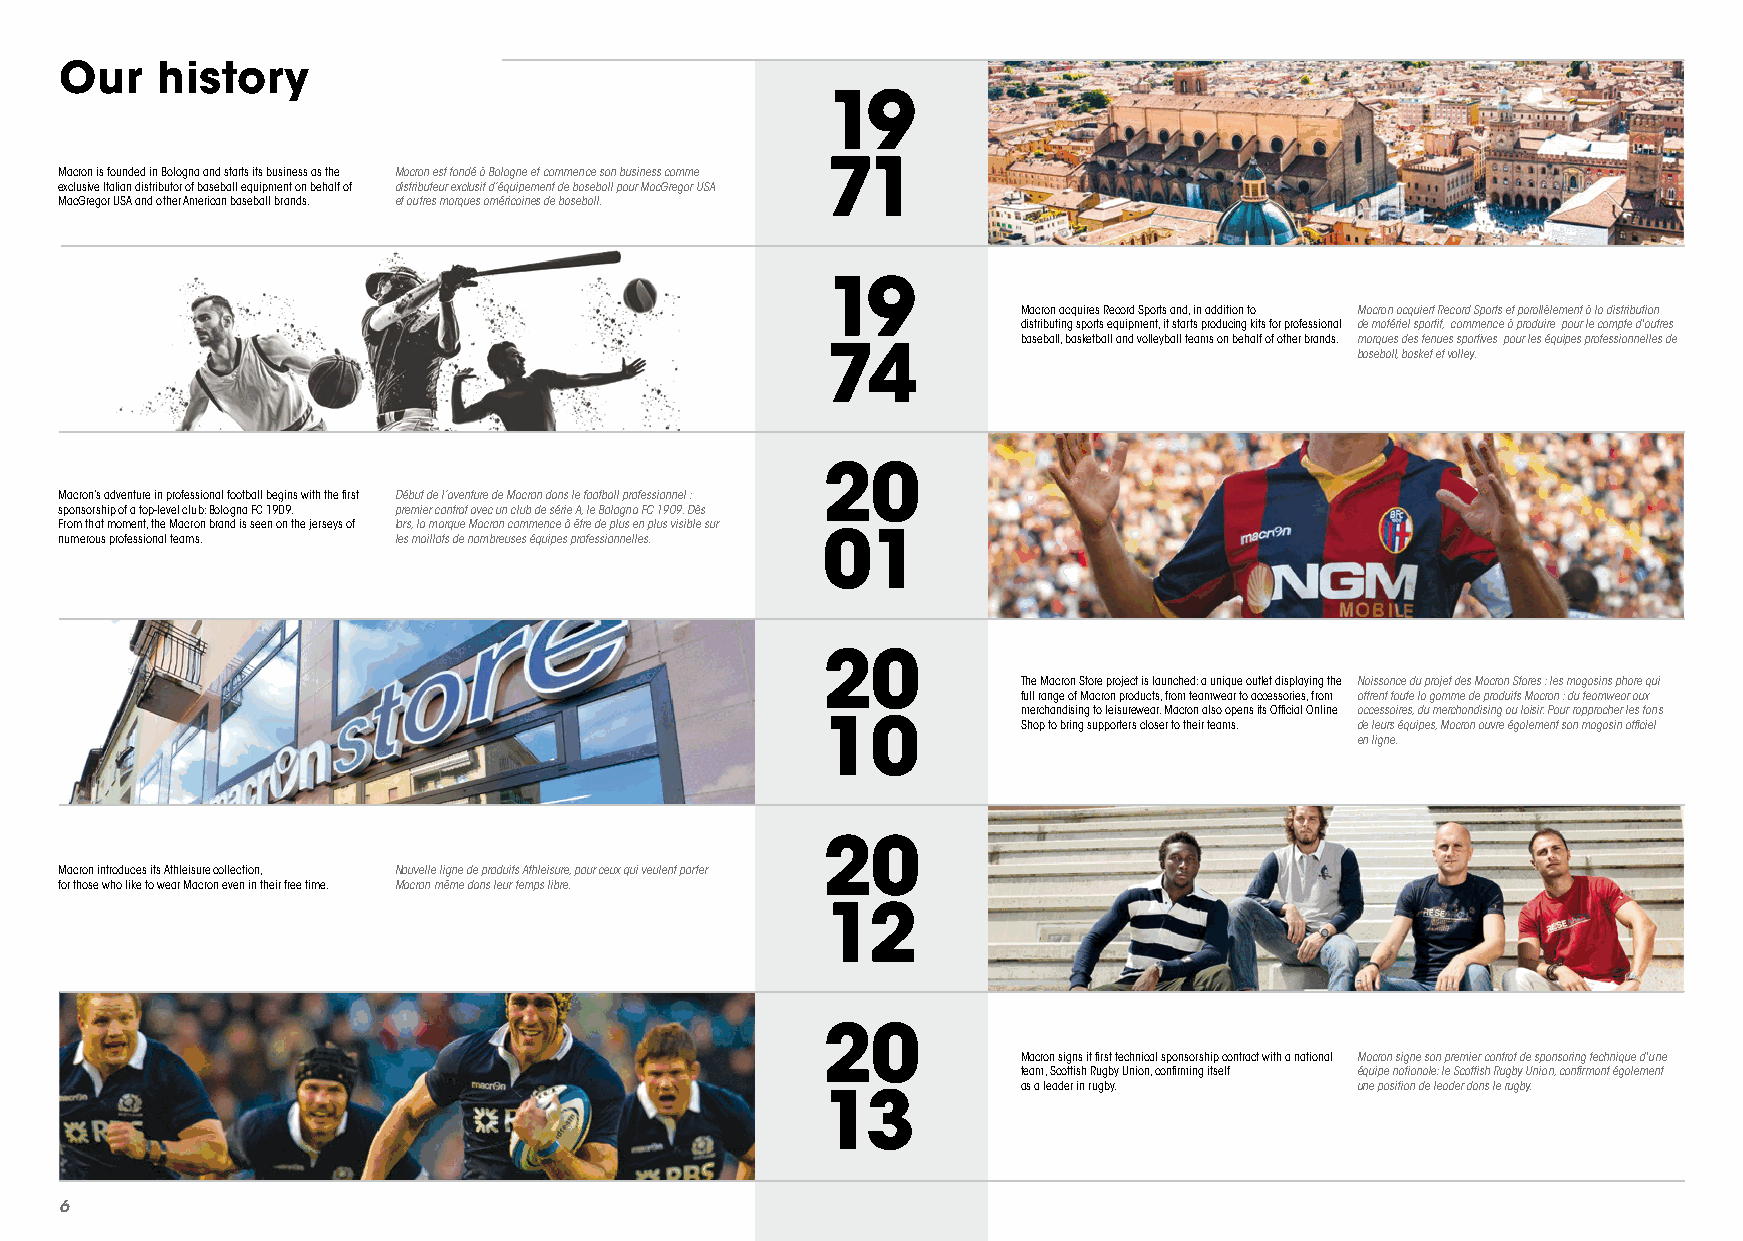
Our   history
 19
 71
 Macron is founded in Bologna and starts its business as the Macron est fondé à Bologne et commence son business comme
 exclusive Italian distributor of baseball equipment on behalf of distributeur exclusif d’équipement de baseball pour MacGregor USA
 MacGregor USA and other American baseball brands. et autres marques américaines de baseball.
 19
 Macron acquires Record Sports and, in addition to Macron acquiert Record Sports et parallèlement à la distribution
 distributing sports equipment, it starts producing kits for professional de matériel sportif, commence à produire pour le compte d'autres
 baseball, basketball and volleyball teams on behalf of other brands. marques des tenues sportives pour les équipes professionnelles de
 74                                 baseball, basket et volley.
 20
 Macron’s adventure in professional football begins with the first Début de l’aventure de Macron dans le football professionnel :
 sponsorship of a top-level club: Bologna FC 1909. premier contrat avec un club de série A, le Bologna FC 1909. Dès
 From that moment, the Macron brand is seen on the jerseys of lors, la marque Macron commence à être de plus en plus visible sur
 numerous professional teams. les maillots de nombreuses équipes professionnelles. 01
 20
 The Macron Store project is launched: a unique outlet displaying the Naissance du projet des Macron Stores : les magasins phare qui
 full range of Macron products, from teamwear to accessories, from offrent toute la gamme de produits Macron : du teamwear aux
 merchandising to leisurewear. Macron also opens its Official Online accessoires, du merchandising au loisir. Pour rapprocher les fans
 10            Shop to bring supporters closer to their teams. de leurs équipes, Macron ouvre également son magasin officiel
 en ligne.
 20
 Macron introduces its Athleisure collection, Nouvelle ligne de produits Athleisure, pour ceux qui veulent porter
 for those who like to wear Macron even in their free time. Macron même dans leur temps libre.
 12
 20
 Macron signs it first technical sponsorship contract with a national Macron signe son premier contrat de sponsoring technique d'une
 team, Scottish Rugby Union, confirming itself équipe nationale: le Scottish Rugby Union, confirmant également
 as a leader in rugby. une position de leader dans le rugby.
 13
 6